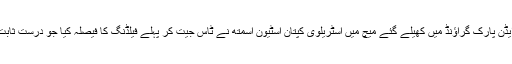
آکلینڈ کے ایڈن پارک گراؤنڈ میں کھیلے گئے میچ میں آسٹریلوی کپتان اسٹیون اسمتھ نے ٹاس جیت کر پہلے فیلڈنگ کا فیصلہ کیا جو درست ثابت نہ ہوسکا۔